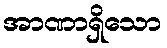
အာဏာရှိသော